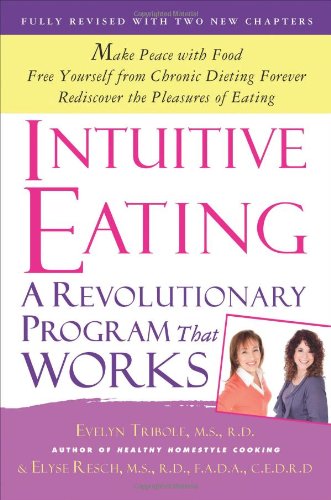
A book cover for Intuitive Eating; Evelyn Tribole; Self-Help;